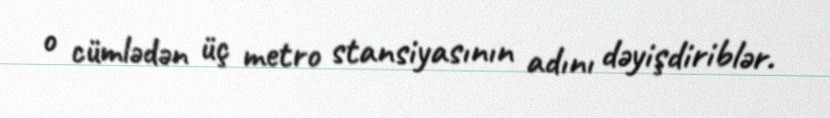
o cümlədən üç metro stansiyasının adını dəyişdiriblər.